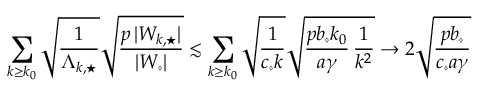
\sum _ { k \geq k _ { 0 } } \sqrt { \frac { 1 } { \Lambda _ { k , \star } } } \sqrt { \frac { p \, | W _ { k , \star } | } { | W _ { \diamond } | } } \lesssim \sum _ { k \geq k _ { 0 } } \sqrt { \frac { 1 } { c _ { \diamond } k } } \sqrt { \frac { p b _ { \diamond } k _ { 0 } } { a \gamma } \, \frac { 1 } { k ^ { 2 } } } \to 2 \sqrt { \frac { p b _ { \diamond } } { c _ { \diamond } a \gamma } }